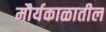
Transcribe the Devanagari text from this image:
मौर्यकाळातील